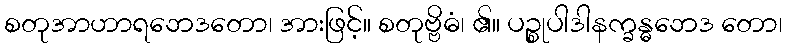
စတုအာဟာရဘေဒတော၊ အားဖြင့်။ စတုဗ္ဗိဓံ၊ ၏။ ပဉ္စုပါဒါနက္ခန္ဓဘေဒ တော၊